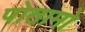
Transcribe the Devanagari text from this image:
पोतामो